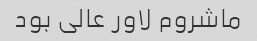
ماشروم لاور عالی بود